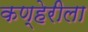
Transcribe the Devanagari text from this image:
कण्हेरीला